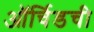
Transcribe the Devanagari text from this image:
ऑर्चिडची